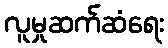
လူမှုဆက်ဆံရေး